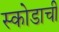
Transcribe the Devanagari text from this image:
स्कोडाची